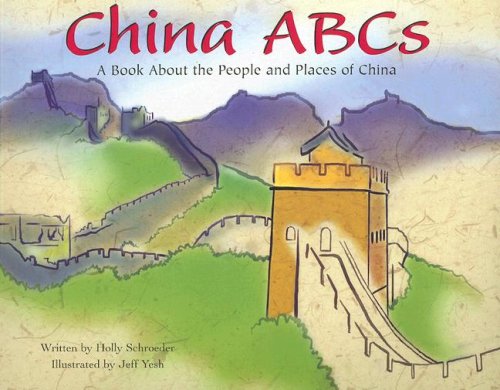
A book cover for China ABCs: A Book About the People and Places of China (Country ABCs); Holly Schroeder; Children's Books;